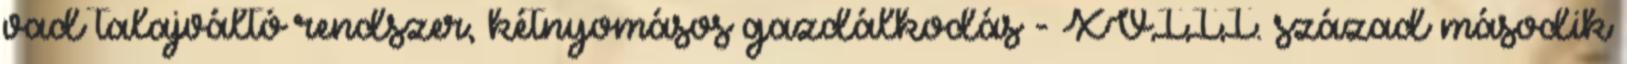
vad talajváltó rendszer, kétnyomásos gazdálkodás - XVIII. század második